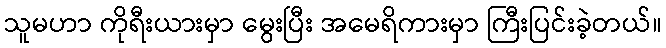
သူမဟာ ကိုရီးယားမှာ မွေးပြီး အမေရိကားမှာ ကြီးပြင်းခဲ့တယ်။